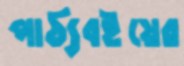
পাঠ্যবইয়ের